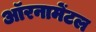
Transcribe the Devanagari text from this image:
ऑरनामेंटल